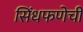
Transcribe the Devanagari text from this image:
सिंधफणेची